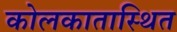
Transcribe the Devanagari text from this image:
कोलकातास्थित